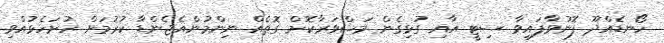
ހޯނޑެއްދޫ ފޮނުވާފައިވާ ސިޓީ އާއި ގުޅިގެން މަޝްވަރާކޮށް ގޮތެއް ނިންމުންއެޖެންޑާ ކުރުމަށް ހުށަހެޅުއްވި